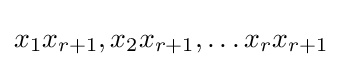
x_{1}x_{r+1},x_{2}x_{r+1},\dots x_{r}x_{r+1}